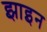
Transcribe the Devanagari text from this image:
झाइन